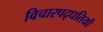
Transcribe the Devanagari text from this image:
विचारपद्धतियों